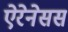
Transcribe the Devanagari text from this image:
ऐरेनेसस